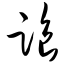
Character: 踉